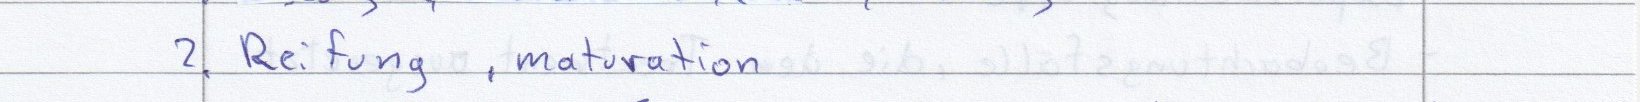
2. Reifung, maturation